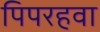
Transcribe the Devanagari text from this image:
पिपरहवा